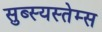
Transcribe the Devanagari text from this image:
सुब्स्यस्तेम्स